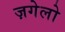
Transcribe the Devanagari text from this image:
ज़गेलो